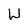
Character: W